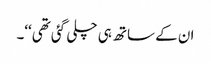
ان کے ساتھ ہی چلی گئی تھی‘‘۔